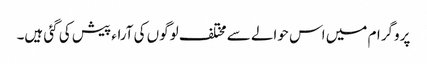
پروگرام میں اس حوالے سے مختلف لوگوں کی آراء پیش کی گئی ہیں۔